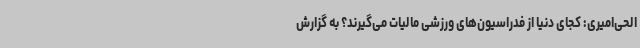
الحی‌امیری: کجای دنیا از فدراسیون‌های ورزشی مالیات می‌گیرند؟ به گزارش